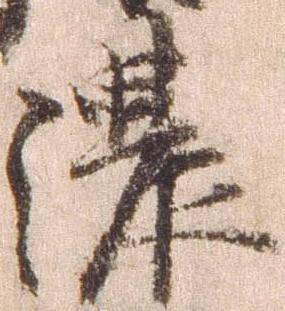
濃